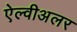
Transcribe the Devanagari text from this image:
ऐल्वीअलर